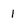
Character: 1